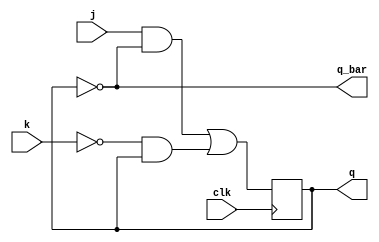
module jk_ff(input j, input k, input clk,
output q, output q_bar);

wire j, k, clk, q_bar;
reg q;

initial
q = 0;


always @(posedge clk)
begin
    q <= (j&(~q)) | ((~k)&q);
end

assign q_bar = ~q;

endmodule